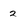
Character: 2